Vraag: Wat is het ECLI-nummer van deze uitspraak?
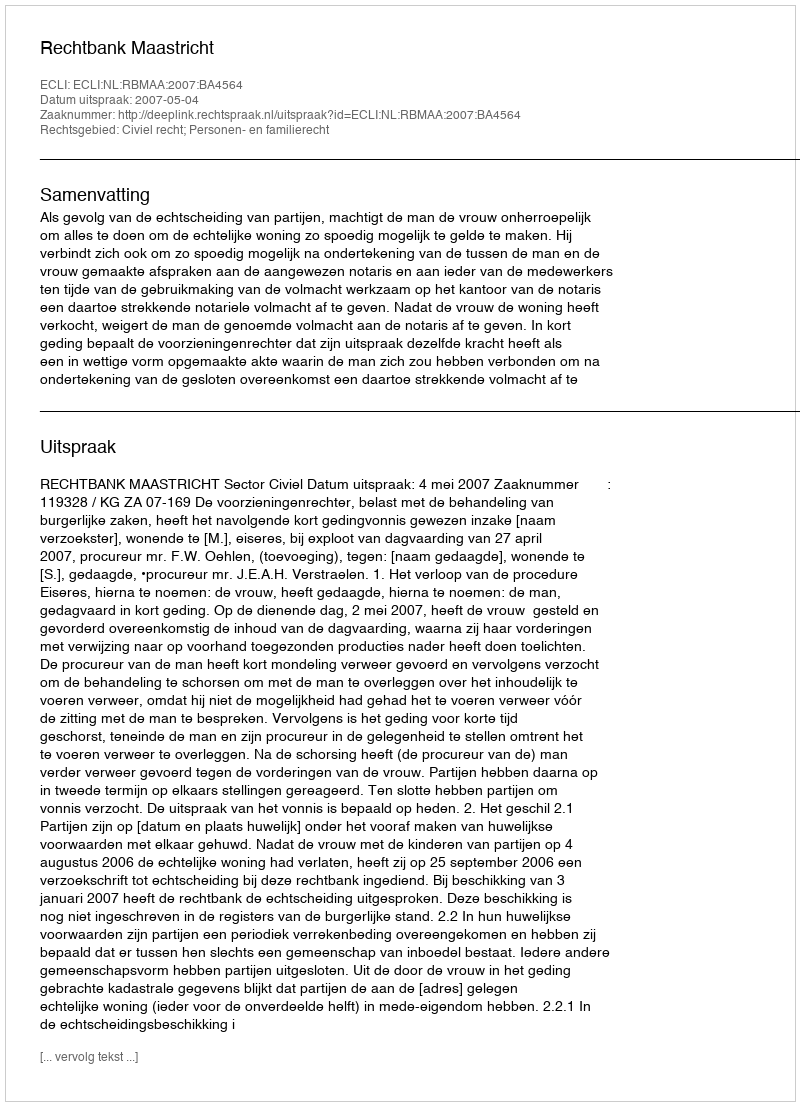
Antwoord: ECLI:NL:RBMAA:2007:BA4564